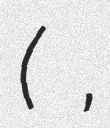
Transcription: (福島 慶道,